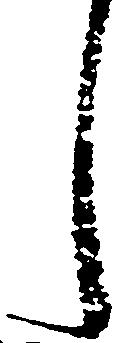
し